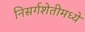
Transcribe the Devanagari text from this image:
निसर्गशेतीमध्ये